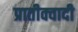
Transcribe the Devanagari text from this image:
प्रातीक्वादी